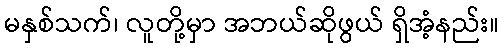
မနှစ်သက်၊ လူတို့မှာ အဘယ်ဆိုဖွယ် ရှိအံ့နည်း။